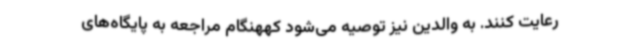
رعایت کنند. به والدین نیز توصیه می‌شود کههنگام مراجعه به پایگاه‌های